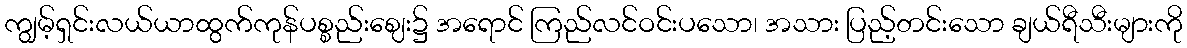
ကျွမ့်ရှင်းလယ်ယာထွက်ကုန်ပစ္စည်းဈေး၌ အရောင် ကြည်လင်ဝင်းပသော၊ အသား ပြည့်တင်းသော ချယ်ရီသီးများကို